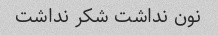
نون نداشت شکر نداشت